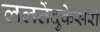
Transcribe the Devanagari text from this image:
ललतेंदुकेसरी